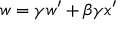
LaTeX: w = \gamma w ^ { \prime } + \beta \gamma x ^ { \prime }